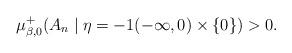
LaTeX: \begin{align*}\mu_{\beta,0}^+(A_n \mid \eta = -1 (-\infty,0) \times \{0\} ) >0.\end{align*}